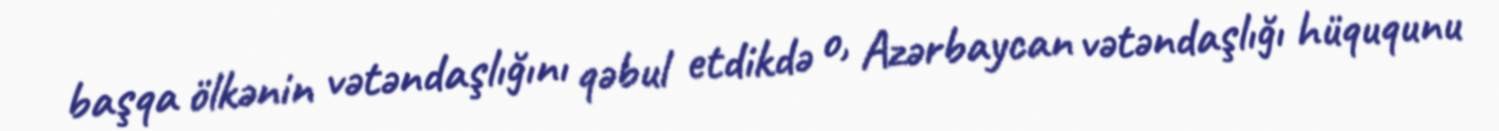
başqa ölkənin vətəndaşlığını qəbul etdikdə o, Azərbaycan vətəndaşlığı hüququnu